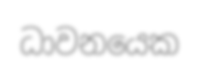
ධාවනයෙක